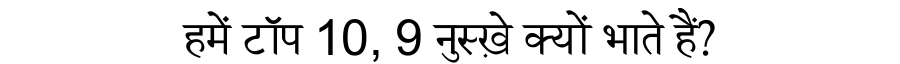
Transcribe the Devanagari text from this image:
हमें टॉप 10, 9 नुस्ख़े क्यों भाते हैं?